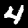
Label: 4